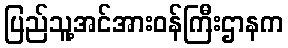
ပြည်သူ့အင်အားဝန်ကြီးဌာနက